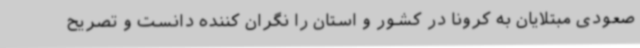
صعودی مبتلایان به کرونا در کشور و استان را نگران کننده دانست و تصریح